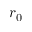
r _ { 0 }